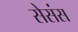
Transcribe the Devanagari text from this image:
सेसंस